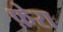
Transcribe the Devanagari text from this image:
फ़ेरा